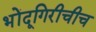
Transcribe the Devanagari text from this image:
भोंदूगिरीचीच